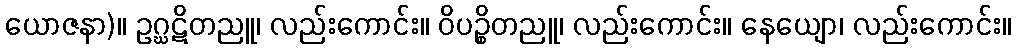
ယောဇနာ)။ ဥဂ္ဃဋိတညူ၊ လည်းကောင်း။ ဝိပဉ္စိတညူ၊ လည်းကောင်း။ နေယျော၊ လည်းကောင်း။